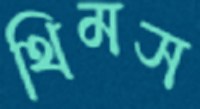
থিমস